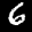
Label: 6